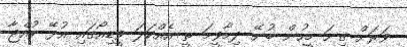
ވަރަށް ގިނަ މީހުން ބުނޭ ދިމާވީމަ ތީ އެއްކަލަ ވީޑިއޯގައި އުޅޭ ކުއްޖާ